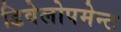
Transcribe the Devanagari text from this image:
डिवेलोपमेन्ट